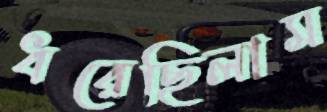
ধরেছিলাম